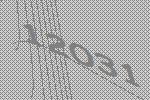
12031